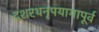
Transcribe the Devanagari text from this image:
दशरथनृपयागापूर्व